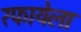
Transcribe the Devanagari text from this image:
रफायेला